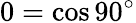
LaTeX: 0=\cos 90^{\circ}